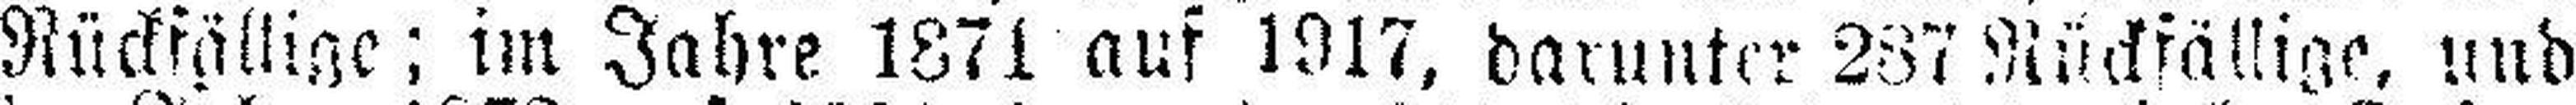
Rückfällige; im Jahre 1871 auf 1917, darunter 287 Rückfällige, und